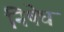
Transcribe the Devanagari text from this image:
निषेघ